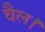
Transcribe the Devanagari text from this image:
वैल।